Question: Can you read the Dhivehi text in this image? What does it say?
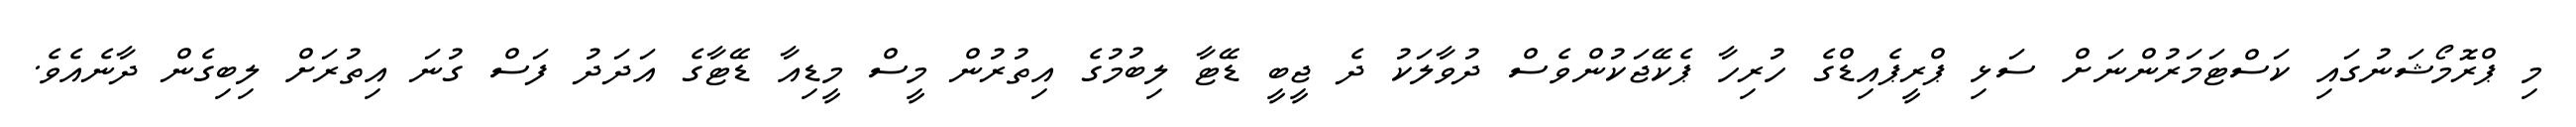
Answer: މި ޕްރޮމޯޝަނުގައި ކަސްޓަމަރުންނަށް ސަޅި ޕްރީޕެއިޑްގެ ހުރިހާ ޕެކޭޖަކުންވެސް ދުވާލަކު ދެ ޖީބީ ޑޭޓާ ލިބުމުގެ އިތުރުން މީސް މީޑިއާ ޑޭޓާގެ އަދަދު ފަސް ގުނަ އިތުރަށް ލިބިގެން ދާނެއެވެ.